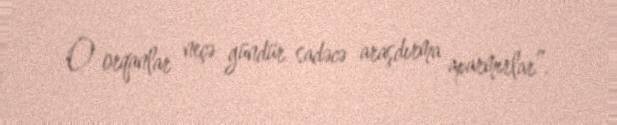
O orqanlar neçə gündür sadəcə araşdırma aparmırlar”.